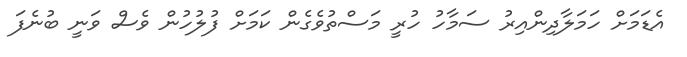
އެޑަމަށް ހަމަލާދިންއިރު ސަމާހު ހުރީ މަސްތުވެގެން ކަމަށް ފުލުހުން ވެސް ވަނީ ބުނެފަ